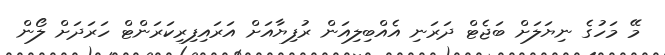
މޭ މަހުގެ ނިޔަލަށް ބަޖެޓް ދަރަނި އެއްބިލިއަން ރުފިޔާއަށް އަރައިފިރިކަރަންޓް ހަރަދަށް ލޯން